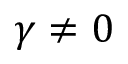
\gamma \neq 0